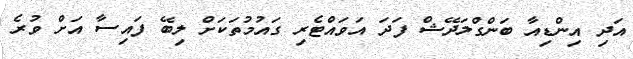
އަދި އިންޑިއާ ބަންގްލަދޭޝް ފަދަ އަވައްޓެރި ގައުމުތަކަށް ލިބޭ ފައިސާ އަށް ވުރެ